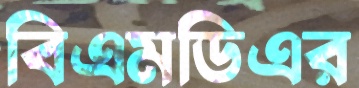
বিএমডিএর